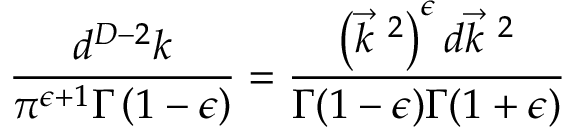
\frac { d ^ { D - 2 } k } { \pi ^ { \epsilon + 1 } \Gamma \left( 1 - \epsilon \right) } = \frac { \left( \vec { k } ^ { ~ 2 } \right) ^ { \epsilon } d \vec { k } ^ { ~ 2 } } { \Gamma ( 1 - \epsilon ) \Gamma ( 1 + \epsilon ) }